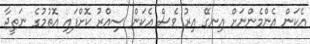
އެކަން އެންމެންނަށް އިނގޭ އިރު ވެސް އެކަން ސިއްރު ކޮށްފައި އޮތުމުގެ ނަތީޖާ